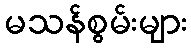
မသန်စွမ်းများ